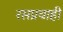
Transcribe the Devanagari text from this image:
रसप्रवाही